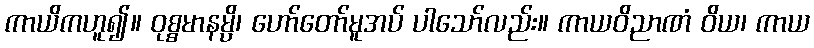
ကာယိကဟူ၍။ ဝုစ္စမာနမ္ပိ၊ ဟော်တော်မူအပ် ပါသော်လည်း။ ကာယဝိညာဏံ ဝိယ၊ ကာယ